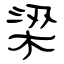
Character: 梁